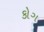
કોગ